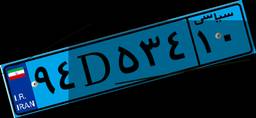
۹۴D۵۳۴۱۰